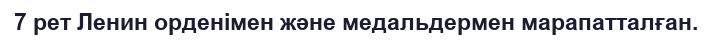
7 рет Ленин орденімен және медальдермен марапатталған.